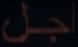
جل